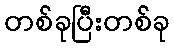
တစ်ခုပြီးတစ်ခု